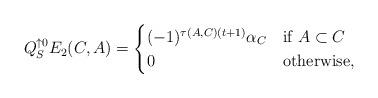
LaTeX: \begin{align*}Q_{S}^{\uparrow 0}E_{2}(C,A) = \begin{cases} (-1)^{\tau(A,C)(t+1)} \alpha_{C} & \mbox{if $A \subset C$} \\ 0 & \mbox{otherwise}, \end{cases}\end{align*}